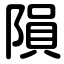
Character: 隕